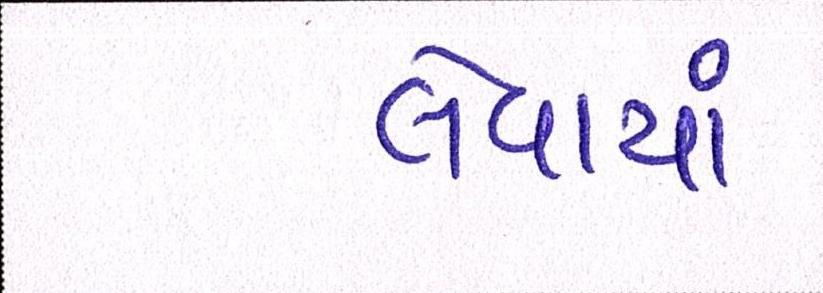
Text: લેવાયાં